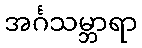
အင်္ဂသမ္ဘာရာ